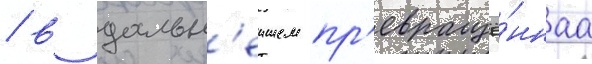
/ в дальн'еишем пр'евращё́ннаа